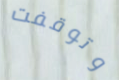
وتوقفت